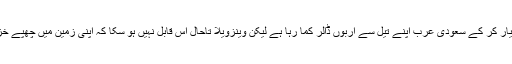
دانشمندانہ پالیسی اختیار کر کے سعودی عرب اپنے تیل سے اربوں ڈالر کما رہا ہے لیکن وینزویلا تاحال اس قابل نہیں ہو سکا کہ اپنی زمین میں چھپے خزانے کو نکال سکے۔